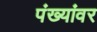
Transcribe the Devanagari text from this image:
पंख्यांवर